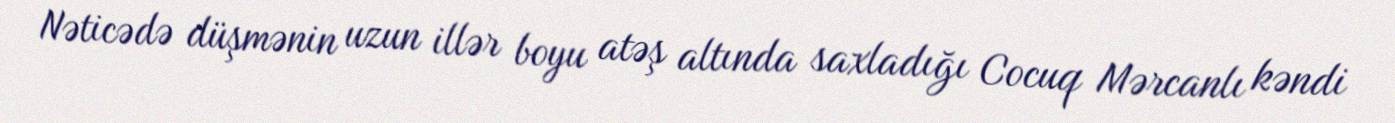
Nəticədə düşmənin uzun illər boyu atəş altında saxladığı Cocuq Mərcanlı kəndi